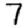
Digit: 7